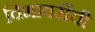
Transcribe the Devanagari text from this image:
विभावरींची